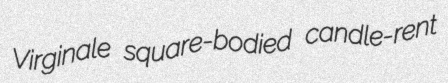
Virginale square-bodied candle-rent